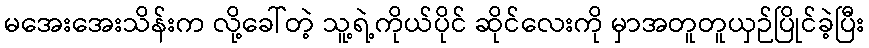
မအေးအေးသိန်းက လို့ခေါ်တဲ့ သူ့ရဲ့ကိုယ်ပိုင် ဆိုင်လေးကို မှာအတူတူယှဉ်ပြိုင်ခဲ့ပြီး